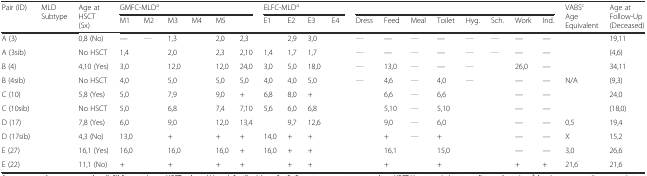
<table><thead><tr><td rowspan="2"><b>Pair (ID)</b></td><td rowspan="2"><b>MLD Subtype</b></td><td rowspan="2"><b>Age at HSCT (Sx)</b></td><td colspan="6"><b>GMFC-MLD<sup>a</sup></b></td><td colspan="4"><b>ELFC-MLD<sup>a</sup></b></td><td colspan="8">[EMPTY_CELL]</td><td rowspan="2"><b>VABS<sup>c</sup> Age Equivalent</b></td><td rowspan="2"><b>Age at Follow-Up (Deceased)</b></td></tr><tr><td><b>M1</b></td><td><b>M2</b></td><td><b>M3</b></td><td><b>M4</b></td><td><b>M5</b></td><td>[EMPTY_CELL]</td><td><b>E1</b></td><td><b>E2</b></td><td><b>E3</b></td><td><b>E4</b></td><td><b>Dress</b></td><td><b>Feed</b></td><td><b>Meal</b></td><td><b>Toilet</b></td><td><b>Hyg.</b></td><td><b>Sch.</b></td><td><b>Work</b></td><td><b>Ind.</b></td></tr></thead><tbody><tr><td>A (3)</td><td>[EMPTY_CELL]</td><td>0,8 (No)</td><td>—</td><td>[EMPTY_CELL]</td><td>1,3</td><td>[EMPTY_CELL]</td><td>2,0</td><td>2,3</td><td>[EMPTY_CELL]</td><td>2,9</td><td>3,0</td><td>[EMPTY_CELL]</td><td>[EMPTY_CELL]</td><td>—</td><td>[EMPTY_CELL]</td><td>—</td><td>[EMPTY_CELL]</td><td>[EMPTY_CELL]</td><td>—</td><td>—</td><td>[EMPTY_CELL]</td><td>19,11</td></tr><tr><td>A (3sib)</td><td>[EMPTY_CELL]</td><td>No HSCT</td><td>1,4</td><td>[EMPTY_CELL]</td><td>2,0</td><td>[EMPTY_CELL]</td><td>2,3</td><td>2,10</td><td>1,4</td><td>1,7</td><td>1,7</td><td>[EMPTY_CELL]</td><td>[EMPTY_CELL]</td><td>—</td><td>[EMPTY_CELL]</td><td>—</td><td>[EMPTY_CELL]</td><td>[EMPTY_CELL]</td><td>—</td><td>—</td><td>[EMPTY_CELL]</td><td>(4,6)</td></tr><tr><td>B (4)</td><td>[EMPTY_CELL]</td><td>4,10 (Yes)</td><td>3,0</td><td>[EMPTY_CELL]</td><td>12,0</td><td>[EMPTY_CELL]</td><td>12,0</td><td>24,0</td><td>3,0</td><td>5,0</td><td>18,0</td><td>[EMPTY_CELL]</td><td>[EMPTY_CELL]</td><td>13,0</td><td>[EMPTY_CELL]</td><td>—</td><td>[EMPTY_CELL]</td><td>[EMPTY_CELL]</td><td>26,0</td><td>—</td><td>[EMPTY_CELL]</td><td>34,11</td></tr><tr><td>B (4sib)</td><td>[EMPTY_CELL]</td><td>No HSCT</td><td>4,0</td><td>[EMPTY_CELL]</td><td>5,0</td><td>[EMPTY_CELL]</td><td>5,0</td><td>5,0</td><td>4,0</td><td>4,0</td><td>5,0</td><td>[EMPTY_CELL]</td><td>[EMPTY_CELL]</td><td>4,6</td><td>[EMPTY_CELL]</td><td>4,0</td><td>[EMPTY_CELL]</td><td>[EMPTY_CELL]</td><td>—</td><td>—</td><td>N/A</td><td>(9,3)</td></tr><tr><td>C (10)</td><td>[EMPTY_CELL]</td><td>5,8 (Yes)</td><td>5,0</td><td>[EMPTY_CELL]</td><td>7,9</td><td>[EMPTY_CELL]</td><td>9,0</td><td>+</td><td>6,8</td><td>8,0</td><td>+</td><td>[EMPTY_CELL]</td><td>[EMPTY_CELL]</td><td>6,6</td><td>[EMPTY_CELL]</td><td>6,6</td><td>[EMPTY_CELL]</td><td>[EMPTY_CELL]</td><td>—</td><td>—</td><td>[EMPTY_CELL]</td><td>24,0</td></tr><tr><td>C (10sib)</td><td>[EMPTY_CELL]</td><td>No HSCT</td><td>5,0</td><td>[EMPTY_CELL]</td><td>6,8</td><td>[EMPTY_CELL]</td><td>7,4</td><td>7,10</td><td>5,6</td><td>6,0</td><td>6,8</td><td>[EMPTY_CELL]</td><td>[EMPTY_CELL]</td><td>5,10</td><td>[EMPTY_CELL]</td><td>5,10</td><td>[EMPTY_CELL]</td><td>[EMPTY_CELL]</td><td>—</td><td>—</td><td>[EMPTY_CELL]</td><td>(18,0)</td></tr><tr><td>D (17)</td><td>[EMPTY_CELL]</td><td>7,8 (Yes)</td><td>6,0</td><td>[EMPTY_CELL]</td><td>9,0</td><td>[EMPTY_CELL]</td><td>12,0</td><td>13,4</td><td>[EMPTY_CELL]</td><td>9,7</td><td>12,6</td><td>[EMPTY_CELL]</td><td>[EMPTY_CELL]</td><td>9,0</td><td>[EMPTY_CELL]</td><td>6,0</td><td>[EMPTY_CELL]</td><td>[EMPTY_CELL]</td><td>—</td><td>—</td><td>0,5</td><td>19,4</td></tr><tr><td>D (17sib)</td><td>[EMPTY_CELL]</td><td>4,3 (No)</td><td>13,0</td><td>[EMPTY_CELL]</td><td>+</td><td>[EMPTY_CELL]</td><td>+</td><td>+</td><td>14,0</td><td>+</td><td>+</td><td>[EMPTY_CELL]</td><td>[EMPTY_CELL]</td><td>+</td><td>[EMPTY_CELL]</td><td>+</td><td>[EMPTY_CELL]</td><td>[EMPTY_CELL]</td><td>—</td><td>—</td><td>X</td><td>15,2</td></tr><tr><td>E (27)</td><td>[EMPTY_CELL]</td><td>16,1 (Yes)</td><td>16,0</td><td>[EMPTY_CELL]</td><td>16,0</td><td>[EMPTY_CELL]</td><td>16,0</td><td>+</td><td>16,0</td><td>+</td><td>+</td><td>[EMPTY_CELL]</td><td>[EMPTY_CELL]</td><td>16,1</td><td>[EMPTY_CELL]</td><td>15,0</td><td>[EMPTY_CELL]</td><td>[EMPTY_CELL]</td><td>—</td><td>—</td><td>3,0</td><td>26,6</td></tr><tr><td>E (22)</td><td>[EMPTY_CELL]</td><td>11,1 (No)</td><td>+</td><td>[EMPTY_CELL]</td><td>+</td><td>[EMPTY_CELL]</td><td>+</td><td>+</td><td>[EMPTY_CELL]</td><td>+</td><td>+</td><td>[EMPTY_CELL]</td><td>[EMPTY_CELL]</td><td>+</td><td>[EMPTY_CELL]</td><td>+</td><td>[EMPTY_CELL]</td><td>[EMPTY_CELL]</td><td>+</td><td>+</td><td>21,6</td><td>21,6</td></tr></tbody></table>